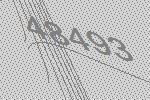
48493